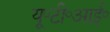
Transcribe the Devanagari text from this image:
यू॰टी॰आई॰